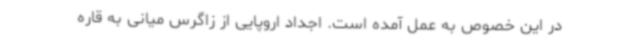
در این خصوص به عمل آمده است. اجداد اروپایی‌ از زاگرس میانی به قاره